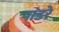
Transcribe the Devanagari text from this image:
पांडरे